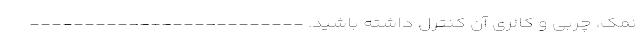
نمک، چربی و کالری آن کنترل داشته باشید. -------------------------